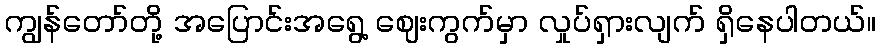
ကျွန်တော်တို့ အပြောင်းအရွေ့ ဈေးကွက်မှာ လှုပ်ရှားလျက် ရှိနေပါတယ်။